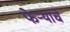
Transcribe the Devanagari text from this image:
फेर्‍यांचे